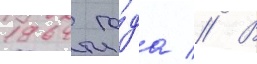
1964 го́да // В